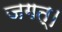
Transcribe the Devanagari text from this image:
जगत्‌।